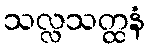
သလ္လသတ္ထနံ